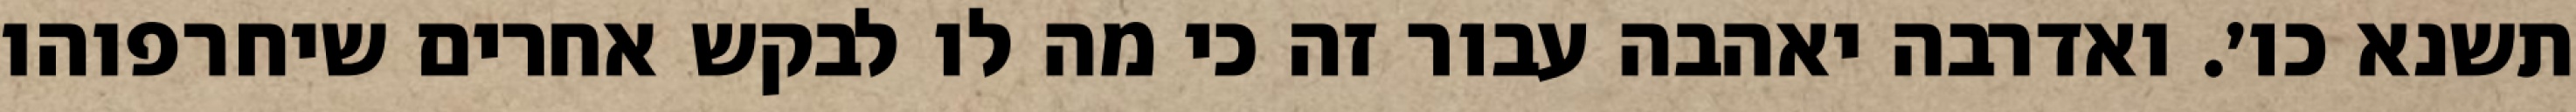
תשנא כו׳. ואדרבה יאהבה עבור זה כי מה לו לבקש אחרים שיחרפוהו